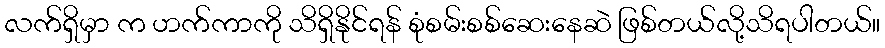
လက်ရှိမှာ က ဟက်ကာကို သိရှိနိုင်ရန် စုံစမ်းစစ်ဆေးနေဆဲ ဖြစ်တယ်လို့သိရပါတယ်။